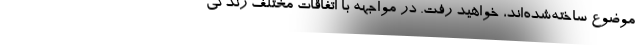
موضوع ساخته‌شده‌اند، خواهید رفت. در مواجهه با اتفاقات مختلف زندگی